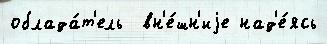
облада́т'ель  вн'е́шн'иjе над'е́ясь